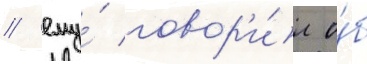
/ ему́ говор'и́л о́б